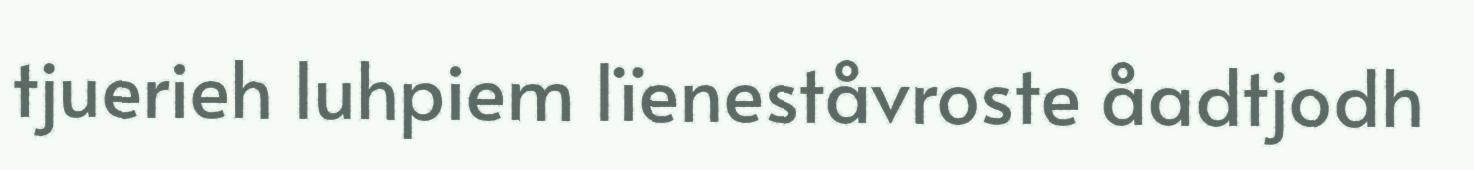
tjuerieh luhpiem lïeneståvroste åadtjodh